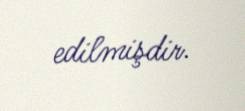
edilmişdir.